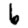
Digit: 6